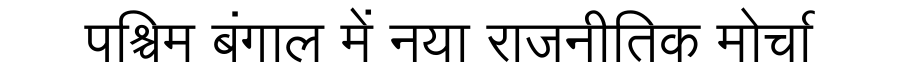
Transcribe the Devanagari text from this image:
पश्चिम बंगाल में नया राजनीतिक मोर्चा